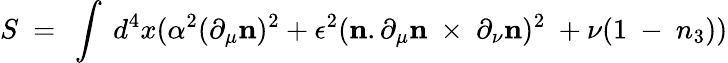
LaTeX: S~=~\int~d^{4}x({\alpha^{2}}(\partial_{\mu}{\mathbf n})^{2}+\epsilon^{2}({\mathbf n}.\partial_{\mu}{\mathbf n}~\times~\partial_{\nu}{\mathbf n})^{2}~+\nu(1~-~n_{3}))